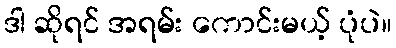
ဒါ ဆိုရင် အရမ်း ကောင်းမယ့် ပုံပဲ။